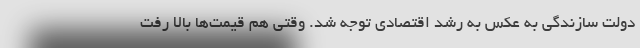
دولت سازندگی به عکس به رشد اقتصادی توجه شد. وقتی هم قیمت‌ها بالا رفت